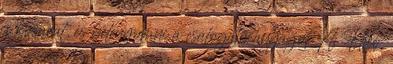
a kosarat, és belenyomni a csalogató anyagot A Fluo